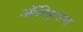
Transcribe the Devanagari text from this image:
ऑल्ड्विच